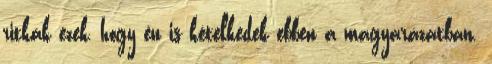
ritkák ezek, hogy én is kételkedek ebben a magyarázatban.